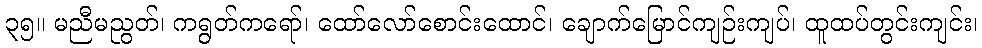
၃၅။ မညီမညွတ်၊ ကရွတ်ကရော်၊ ထော်လော်စောင်းထောင်၊ ချောက်မြောင်ကျဉ်းကျပ်၊ ထူထပ်တွင်းကျင်း၊